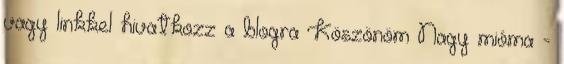
vagy linkkel hivatkozz a blogra Köszönöm Nagy mióma -